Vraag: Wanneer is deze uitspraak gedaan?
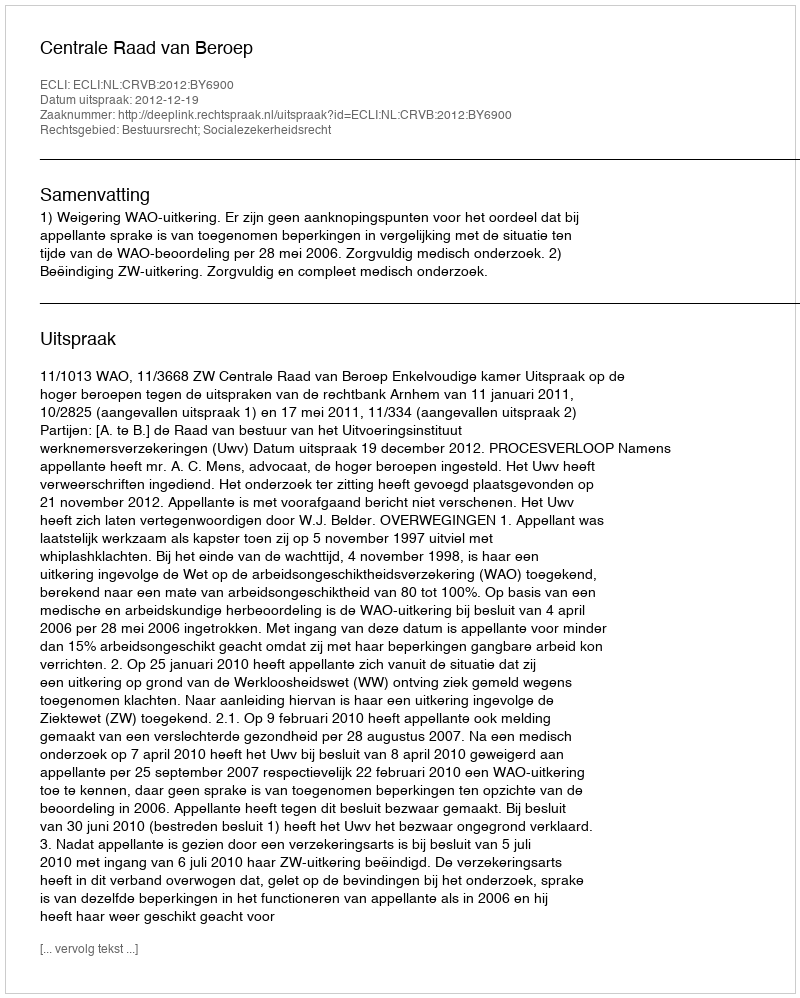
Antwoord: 2012-12-19